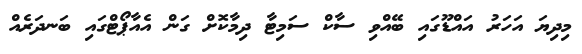
މިދިޔަ އަހަރު އައްޑޫގައި ބޭއްވި ސާކް ސަމިޓާ ދިމާކޮށް ގަން އެއާޕޯޓްގައި ބަނދަރެއް